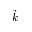
\vec { k }